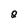
Character: 2